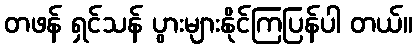
တဖန် ရှင်သန် ပွားများနိုင်ကြပြန်ပါ တယ်။